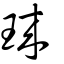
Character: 琜